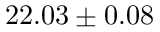
2 2 . 0 3 \pm 0 . 0 8